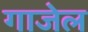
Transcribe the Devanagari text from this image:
गाजेल